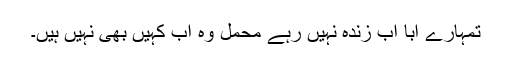
تمہارے ابا اب زندہ نہیں رہے محمل وہ اب کہیں بھی نہیں ہیں۔